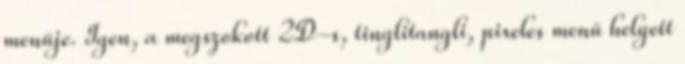
menüje. Igen, a megszokott 2D-s, tinglitangli, pixeles menü helyett